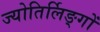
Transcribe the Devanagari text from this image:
ज्योतिर्लिङ्गों